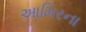
આમિરના